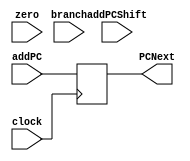
//-------------------------------------------------------
// Type: module
// Department: Ciencias da computao - UFV-Florestal
// Author's Email: joao.andrade1@ufv.br, mateus.h.figueredo@ufv.br, vitor.lacerda@ufv.br
//-------------------------------------------------------
// Release history
// Version Date            Description
// 0.1     01/07/2022      Archive creation
// 0.2     02/07/2022      Version with code
//-------------------------------------------------------
// Keywords:   multiplexers, and
//-------------------------------------------------------
// Purpose:    Multiplexer with "and" gateway

module MUX32_2_1_and(
    PCNext,
    addPC,
    addPCShift,
    zero,
    branch,
    clock
);

    output reg[31:0] PCNext;    // Next progam to the PC module

    input[31:0] addPC;          // Program counter +4 for the adder
    input[31:0] addPCShift;     // Program counter shifted from the shift adder
    input zero;                 // Zero signal from the ALU
    input branch;               // Branch signal from the controler
    input clock;

    reg selector;               // Selector to select the adder

    initial begin
    PCNext <= 32'b0;
    end
    // Makes a "and" with "zero" signal and branch to chouse the adder
    always @(posedge clock)
        begin
        if (zero == 1 && branch== 1)begin
                selector = 1;
            end
        else begin
            selector = 0;
        end
        selector = 0;
            if (selector == 1)
                begin
                    PCNext = addPCShift;
                end
            if (selector == 0)
                begin
                    PCNext = addPC;
                end
        end

endmodule